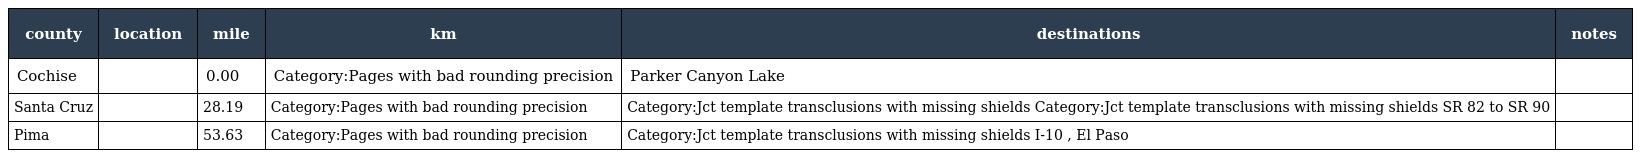
| county | location | mile | km | destinations | notes |
 | --- | --- | --- | --- | --- | --- |
 | Cochise |  | 0.00 | Category:Pages with bad rounding precision | Parker Canyon Lake |  |
 | Santa Cruz |  | 28.19 | Category:Pages with bad rounding precision | Category:Jct template transclusions with missing shields Category:Jct template transclusions with missing shields SR 82 to SR 90 |  |
 | Pima |  | 53.63 | Category:Pages with bad rounding precision | Category:Jct template transclusions with missing shields I-10 , El Paso |  |